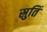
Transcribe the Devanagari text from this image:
स्रुतिं